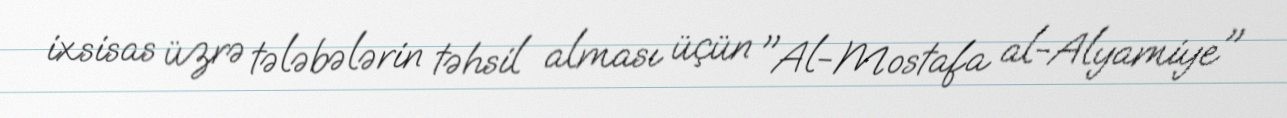
ixsisas üzrə tələbələrin təhsil alması üçün "Al-Mostafa al-Alyamiye"